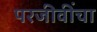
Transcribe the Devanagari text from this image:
परजीवींचा